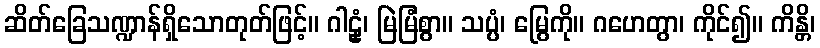
ဆိတ်ခြေသဏ္ဍာန်ရှိသောတုတ်ဖြင့်။ ဂါဠှံ၊ မြဲမြံစွာ။ သပ္ပံ၊ မြွေကို။ ဂဟေတွာ၊ ကိုင်၍။ ကိန္တိ၊